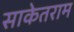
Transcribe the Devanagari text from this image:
साकेतराम